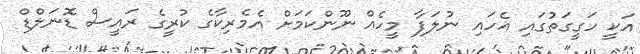
އަކީ ހަގީގަތުގައި އެހައި ނުލަފާ މީހެއް ނޫންކަމަށް އެމެރިކާގެ ކުރީގެ ރައީސް ޑޮނަލްޑް